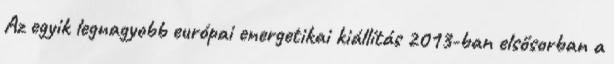
Az egyik legnagyobb európai energetikai kiállítás 2013-ban elsősorban a